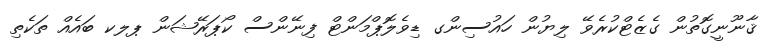
ޤާނޫނީގޮތުން ގެޒެޓްކުރެވޭ ލިޔުން ހައުސިންގ ޑިވެލޮޕްމަންޓް ފިނޭންސް ކޯޕަރޭޝަން ޕލކ ބައެއް ތަކެތި